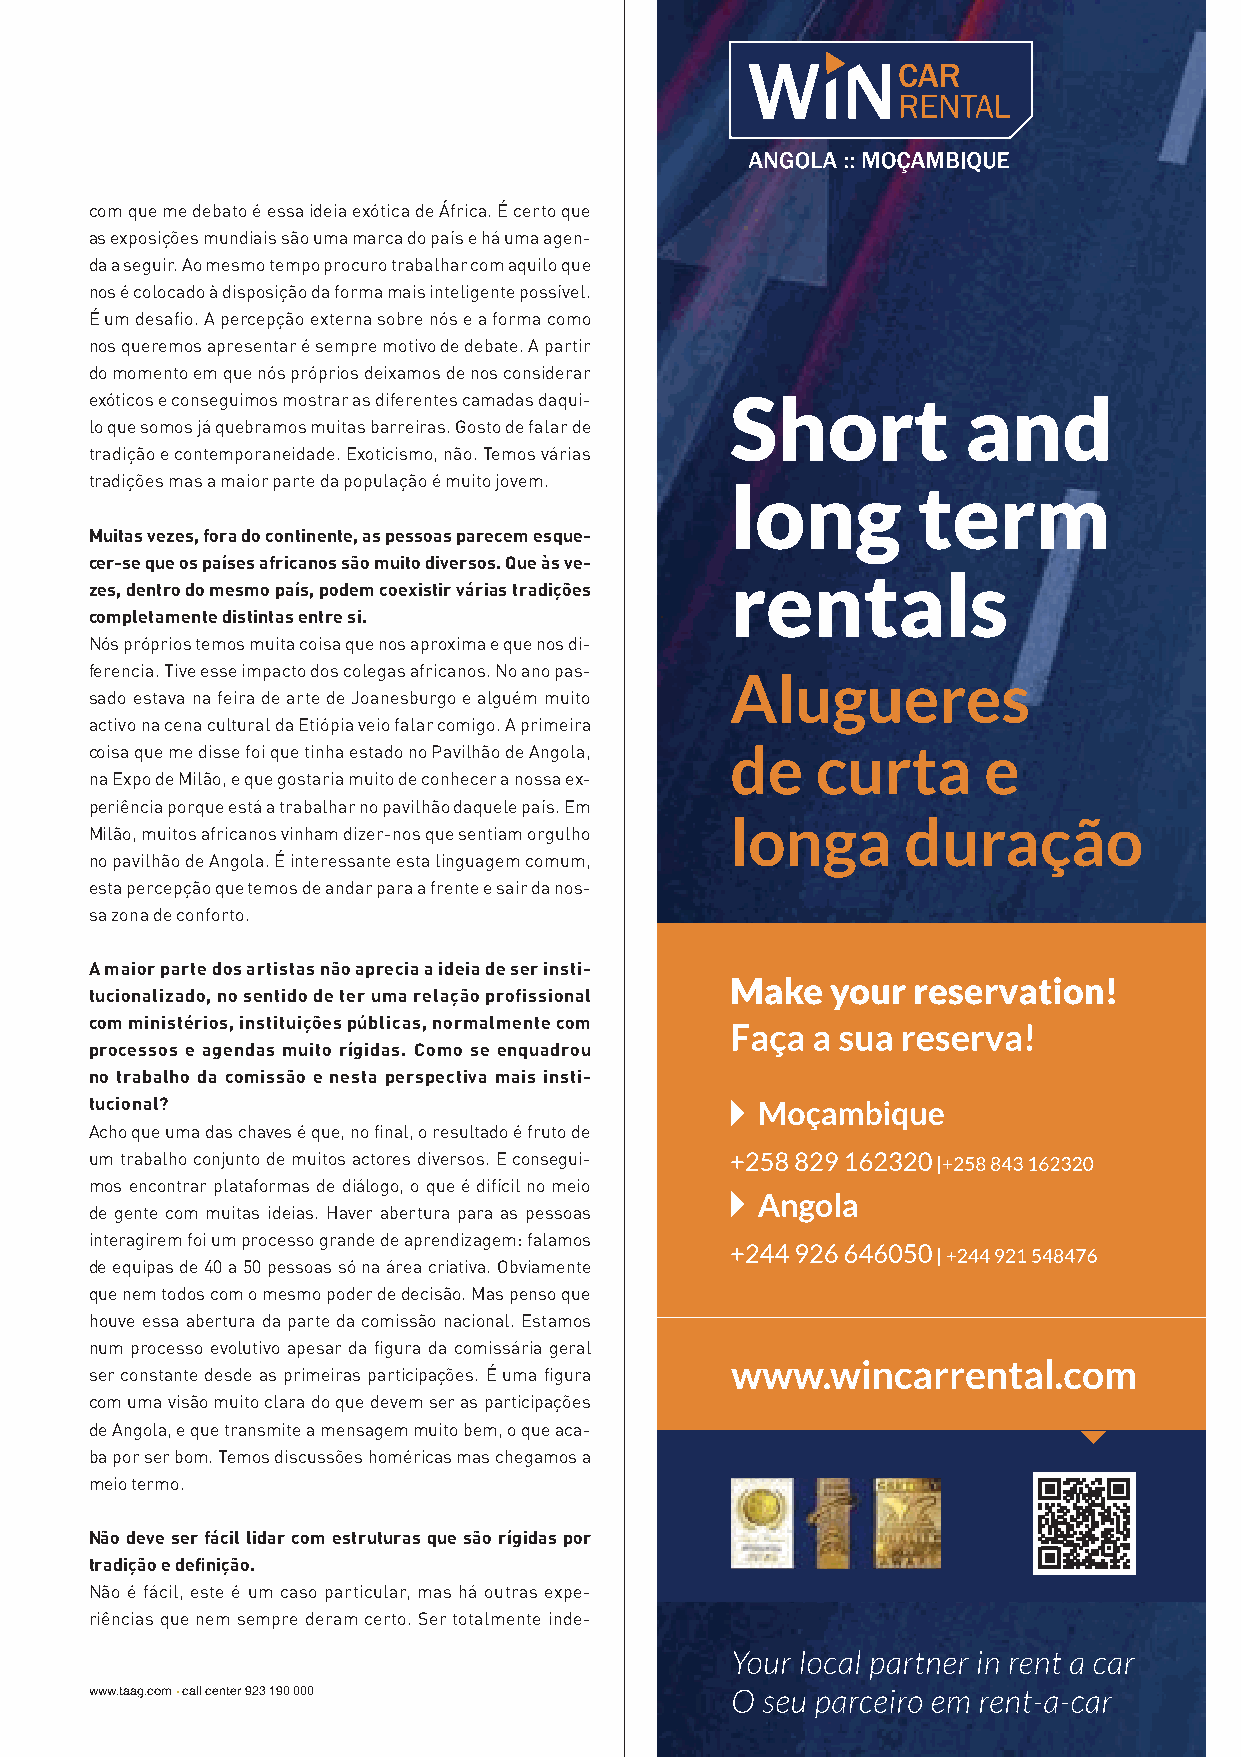
raio x
 x-ray
 com que me debato é essa ideia exótica de África. É certo que
 as exposições mundiais são uma marca do país e há uma agen-
 da a seguir. Ao mesmo tempo procuro trabalhar com aquilo que
 nos é colocado à disposição da forma mais inteligente possível.
 É um desafio. A percepção externa sobre nós e a forma como
 nos queremos apresentar é sempre motivo de debate. A partir
 do momento em que nós próprios deixamos de nos considerar
 exóticos e conseguimos mostrar as diferentes camadas daqui-
 lo que somos já quebramos muitas barreiras. Gosto de falar de
 tradição e contemporaneidade. Exoticismo, não. Temos várias
 tradições mas a maior parte da população é muito jovem.
 Muitas vezes, fora do continente, as pessoas parecem esque-
 cer-se que os países africanos são muito diversos. Que às ve-
 zes, dentro do mesmo país, podem coexistir várias tradições
 completamente distintas entre si.
 Nós próprios temos muita coisa que nos aproxima e que nos di-
 ferencia. Tive esse impacto dos colegas africanos. No ano pas-
 sado estava na feira de arte de Joanesburgo e alguém muito
 activo na cena cultural da Etiópia veio falar comigo. A primeira
 coisa que me disse foi que tinha estado no Pavilhão de Angola,
 na Expo de Milão, e que gostaria muito de conhecer a nossa ex-
 periência porque está a trabalhar no pavilhão daquele país. Em
 Milão, muitos africanos vinham dizer-nos que sentiam orgulho
 no pavilhão de Angola. É interessante esta linguagem comum,
 esta percepção que temos de andar para a frente e sair da nos-
 sa zona de conforto.
 A maior parte dos artistas não aprecia a ideia de ser insti-
 tucionalizado, no sentido de ter uma relação profissional
 com ministérios, instituições públicas, normalmente com
 processos e agendas muito rígidas. Como se enquadrou
 no trabalho da comissão e nesta perspectiva mais insti-
 tucional?
 Acho que uma das chaves é que, no final, o resultado é fruto de
 um trabalho conjunto de muitos actores diversos. E consegui-
 mos encontrar plataformas de diálogo, o que é difícil no meio
 de gente com muitas ideias. Haver abertura para as pessoas
 interagirem foi um processo grande de aprendizagem: falamos
 de equipas de 40 a 50 pessoas só na área criativa. Obviamente
 que nem todos com o mesmo poder de decisão. Mas penso que
 houve essa abertura da parte da comissão nacional. Estamos
 num processo evolutivo apesar da figura da comissária geral
 ser constante desde as primeiras participações. É uma figura
 com uma visão muito clara do que devem ser as participações
 de Angola, e que transmite a mensagem muito bem, o que aca-
 ba por ser bom. Temos discussões homéricas mas chegamos a
 meio termo.
 Não deve ser fácil lidar com estruturas que são rígidas por
 tradição e definição.
 Não é fácil, este é um caso particular, mas há outras expe-
 riências que nem sempre deram certo. Ser totalmente inde-
 www.taag.com • call center 923 190 000